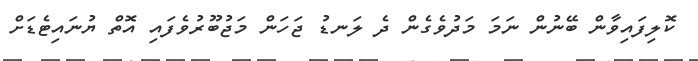
ކޮލިފައިވާން ބޭނުން ނަމަ މަދުވެގެން ދެ ލަނޑު ޖަހަން މަޖުބޫރުވެފައި އޮތް ޔުނައިޓެޑަށް